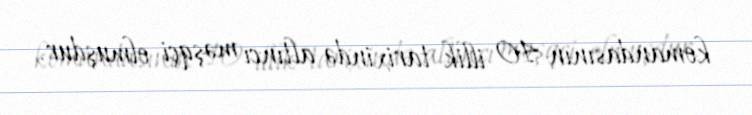
komandasının 40 illik tarixində altıncı məşqçi olmuşdur.